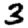
Digit: 3